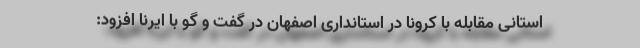
استانی مقابله با کرونا در استانداری اصفهان در گفت و گو با ایرنا افزود: